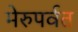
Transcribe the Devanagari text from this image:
मेरुपर्वत